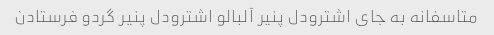
متاسفانه به جای اشترودل پنیر آلبالو اشترودل پنیر گردو فرستادن